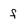
Character: f